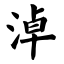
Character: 淖